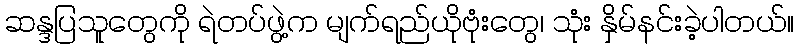
ဆန္ဒပြသူတွေကို ရဲတပ်ဖွဲ့က မျက်ရည်ယိုဗုံးတွေ၊ သုံး နှိမ်နင်းခဲ့ပါတယ်။